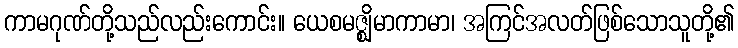
ကာမဂုဏ်တို့သည်လည်းကောင်း။ ယေစမဇ္ဈိမာကာမာ၊ အကြင်အလတ်ဖြစ်သောသူတို့၏